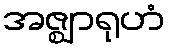
အဇ္ဈာရုဟံ